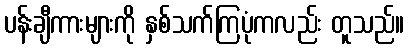
ပန်းချီကားများကို နှစ်သက်ကြပုံကလည်း တူသည်။